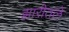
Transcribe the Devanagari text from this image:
झारीतले